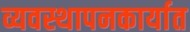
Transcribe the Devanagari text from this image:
व्यवस्थापनकार्यात